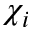
\chi _ { i }